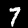
Digit: 7